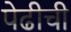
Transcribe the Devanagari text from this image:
पेढीची